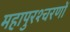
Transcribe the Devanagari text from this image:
महापुरश्चरणों